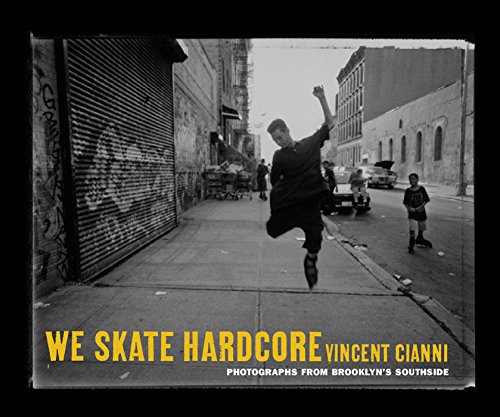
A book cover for We Skate Hardcore: Photographs from Brooklyn's Southside; Vincent Cianni; Sports & Outdoors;